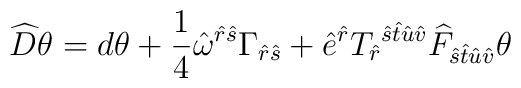
\widehat{D} \theta= d \theta  + \frac{1}{4} \hat{\omega}^{\hat{r}\hat{s}}   \Gamma_{\hat{r}\hat{s}} + \hat{e}^{\hat{r}}    T_{\hat{r}}{}^{\hat{s}\hat{t}\hat{u}\hat{v}}   \widehat{F}_{\hat{s}\hat{t}\hat{u}\hat{v}} \theta